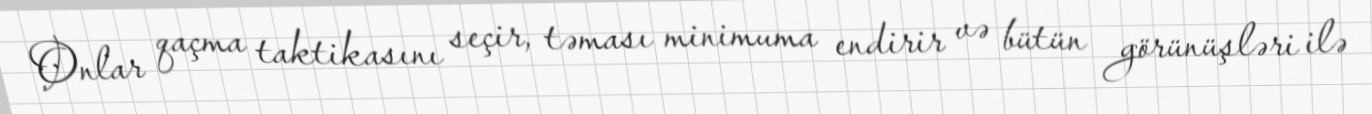
Onlar qaçma taktikasını seçir, təması minimuma endirir və bütün görünüşləri ilə